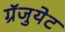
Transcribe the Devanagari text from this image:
ग्रॅजुयेट